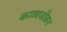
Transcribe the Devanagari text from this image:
काव्यजीवन